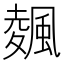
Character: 𱃃